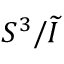
S ^ { 3 } / { \widetilde { I } }